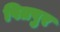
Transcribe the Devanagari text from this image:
पितपुर